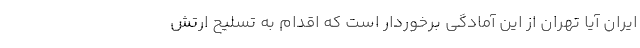
ایران آیا تهران از این آمادگی برخوردار است که اقدام به تسلیح ارتش